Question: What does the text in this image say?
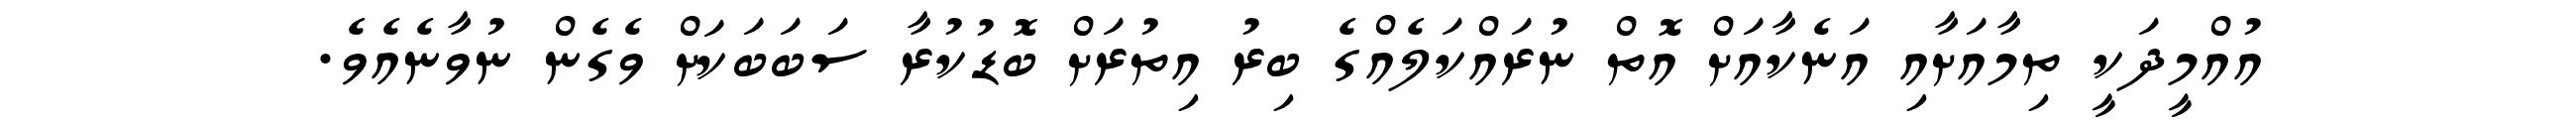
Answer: އުއްމީދަކީ ތިމާއަށާއި އަނެކާއަށް އޮތް ނުރައްކަލެއްގެ ބިރު އިތުރަށް ބޮޑުކުރާ ސަބަބަކަށް ވެގެން ނުވާނެއެވެ.